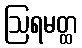
ဩရမတ္ထ